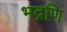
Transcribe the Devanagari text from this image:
भद्रणि